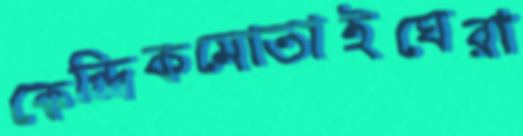
কেন্দ্রিকমোতাইঘেরা